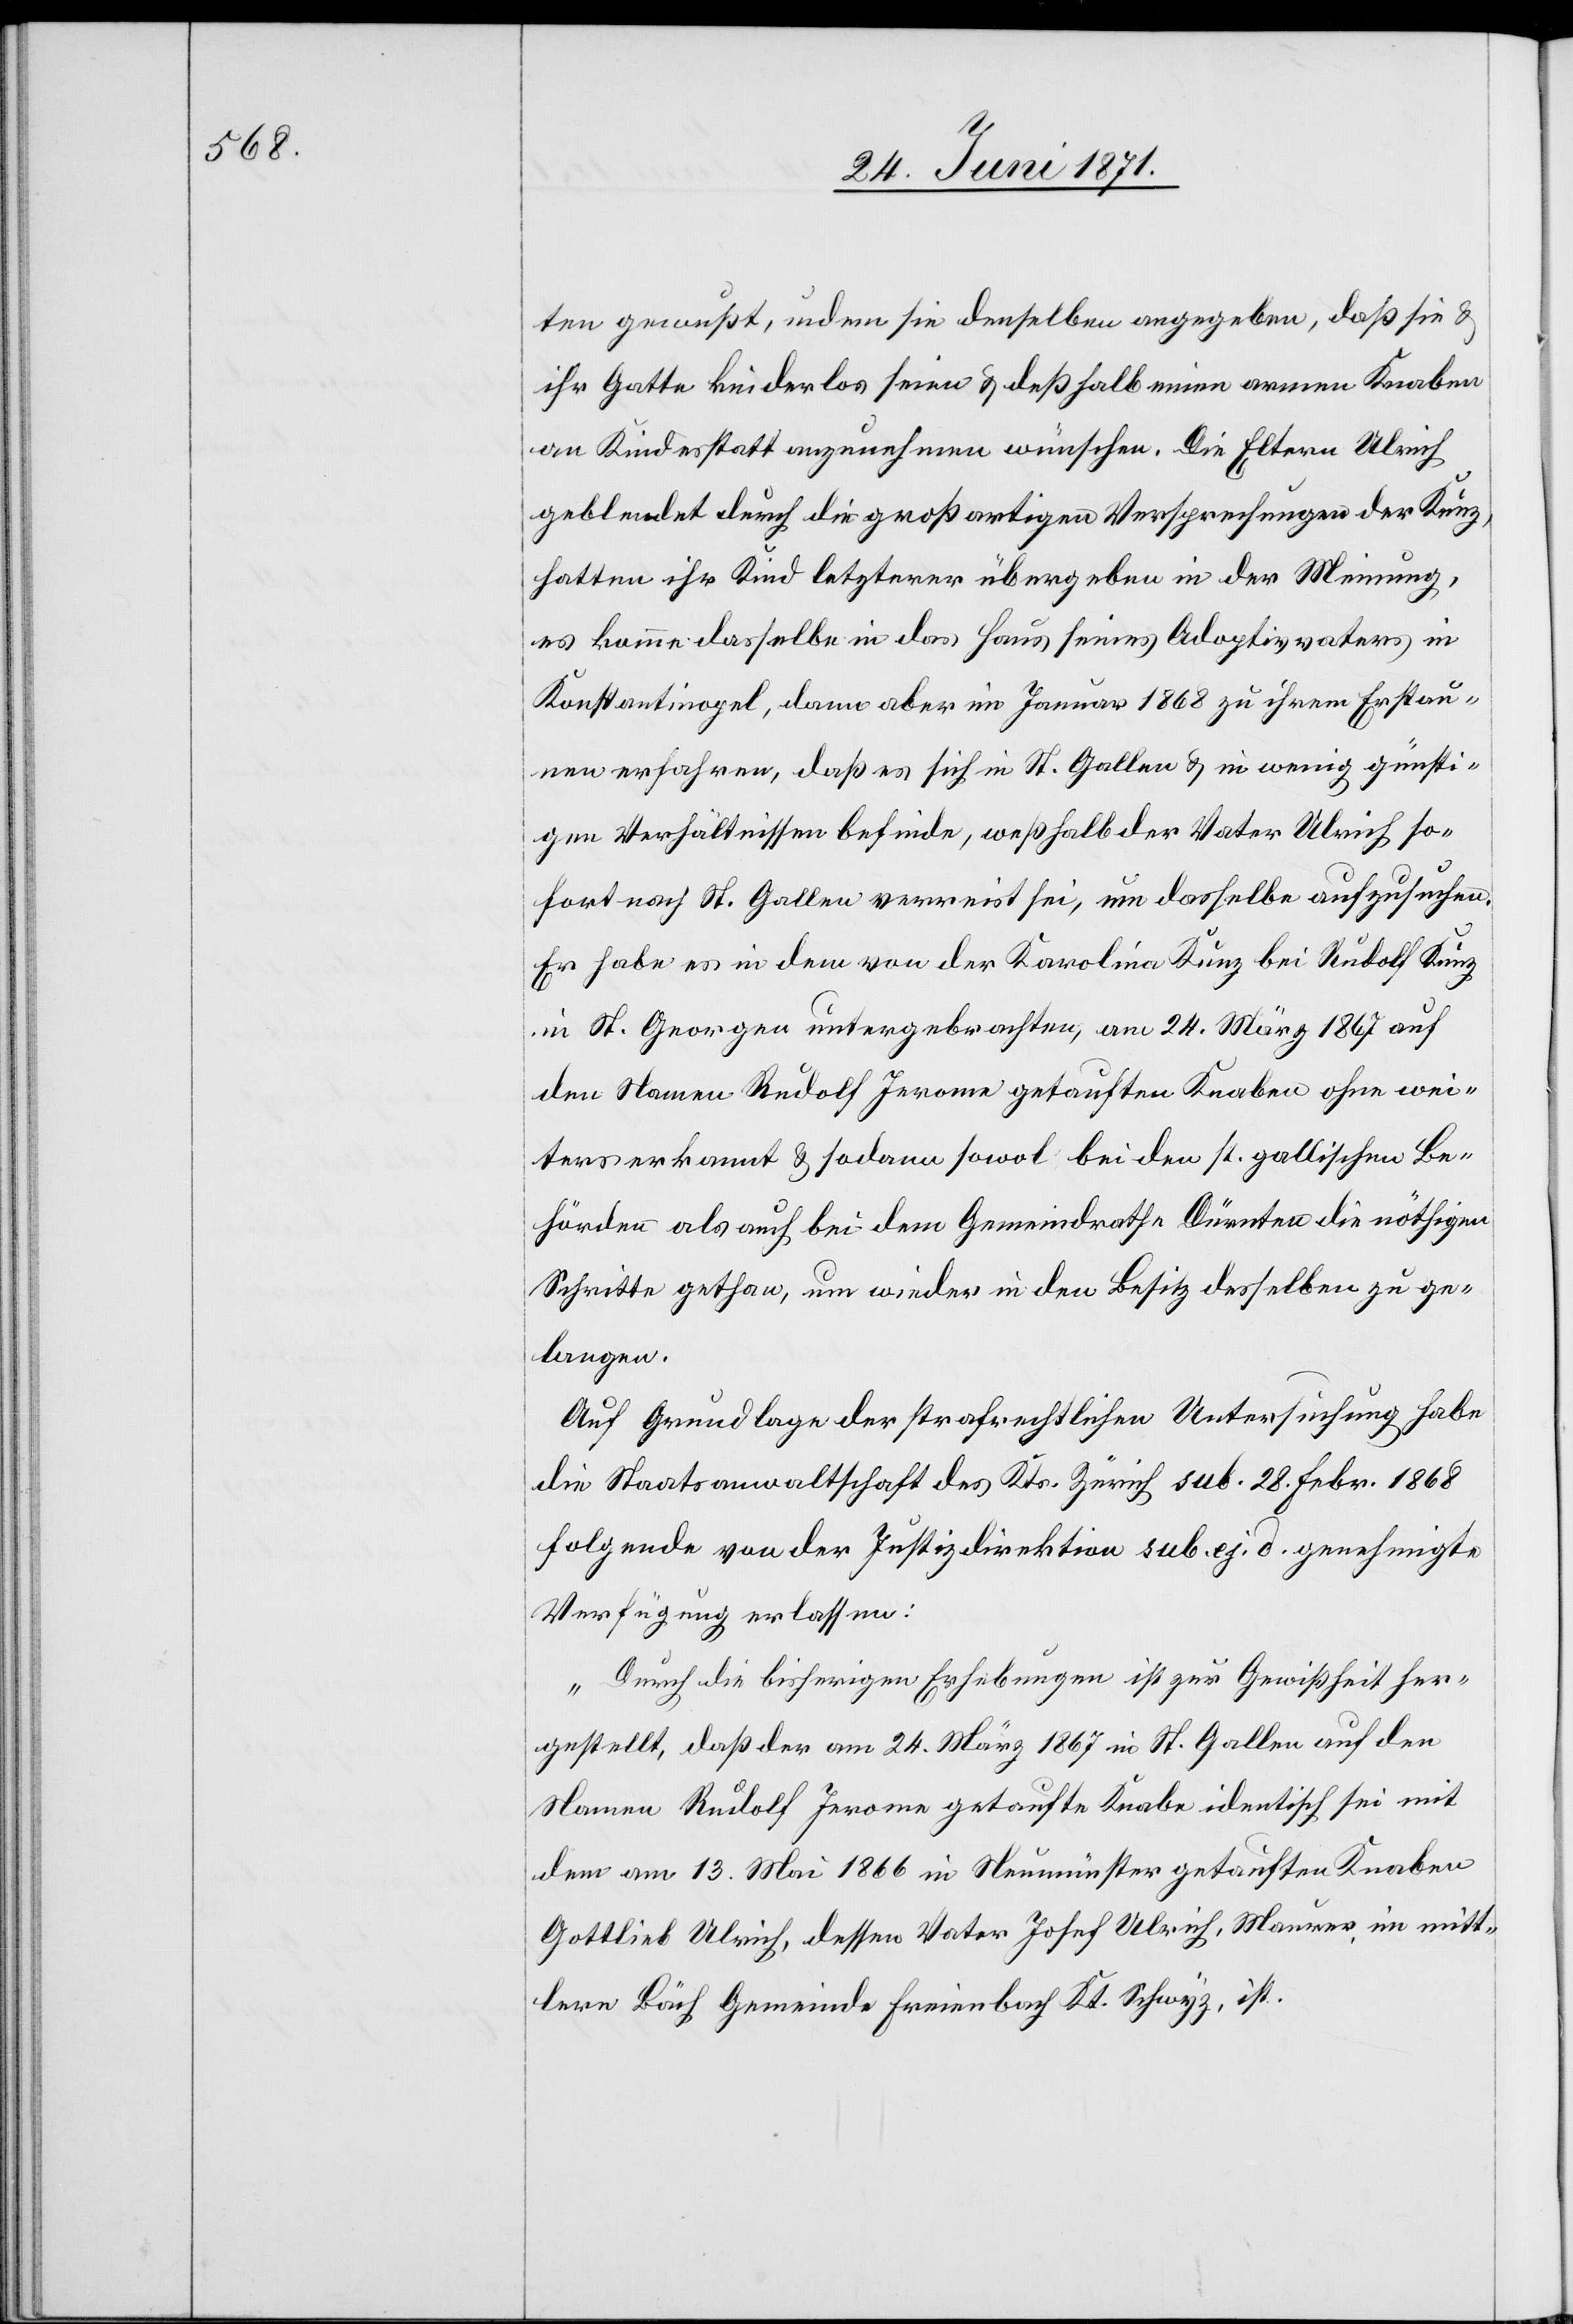
ten gewußt, indem sie denselben angegeben, daß sie u.
ihr Gatte kinderlos seien u. deßhalb einen armen Knaben
an Kindesstatt anzunehmen wünschen. Die Eltern Ulrich
geblendet durch die großartigen Versprechungen der Kunz,
hatten ihr Kind letzterer übergeben in der Meinung,
es komme dasselbe in das Haus seines Adoptivvaters in
Konstantinopel, dann aber im Januar 1868 zu ihrem Erstau¬
nen erfahren, daß es sich in St. Gallen u. in wenig günsti¬
gen Verhältnissen befinde, weßhalb der Vater Ulrich so¬
fort nach St. Gallen verreist sei, um dasselbe aufzusuchen.
Er habe es in dem von der Karolina Kunz bei Rudolf Kunz
in St. Georgen untergebrachten, am 24. März 1867 auf
den Namen Rudolf Jerome getauften Knaben ohne wei¬
teres erkannt u. sodann sowol bei den st. gallischen Be¬
hörden als auch bei dem Gemeindrath Dürnten die nöthigen
Schritte gethan, um wieder in den Besitz desselben zu ge¬
langen.
Auf Grundlage der strafrechtlichen Untersuchung habe
die Staatsanwaltschaft des Kts. Zürich sub. 28. Febr. 1868
folgende von der Justizdirektion sub. ej. d. genehmigte
Verfügung erlassen:
„Durch die bisherigen Erhebungen ist zur Gewißheit her¬
gestellt, daß der am 24. März 1867 in St. Gallen auf den
Namen Rudolf Jerome getaufte Knabe identisch sei mit
dem am 13. Mai 1866 in Neumünster getauften Knaben
Gottlieb Ulrich, dessen Vater Josef Ulrich, Maurer, im mitt¬
lern Bäch Gemeinde Freienbach Kt. Schwyz, ist.